Report of the Municipal Commissioner on the plague in Bombay for the year ending 31st May... - Volume 3
Disease focus: Plague
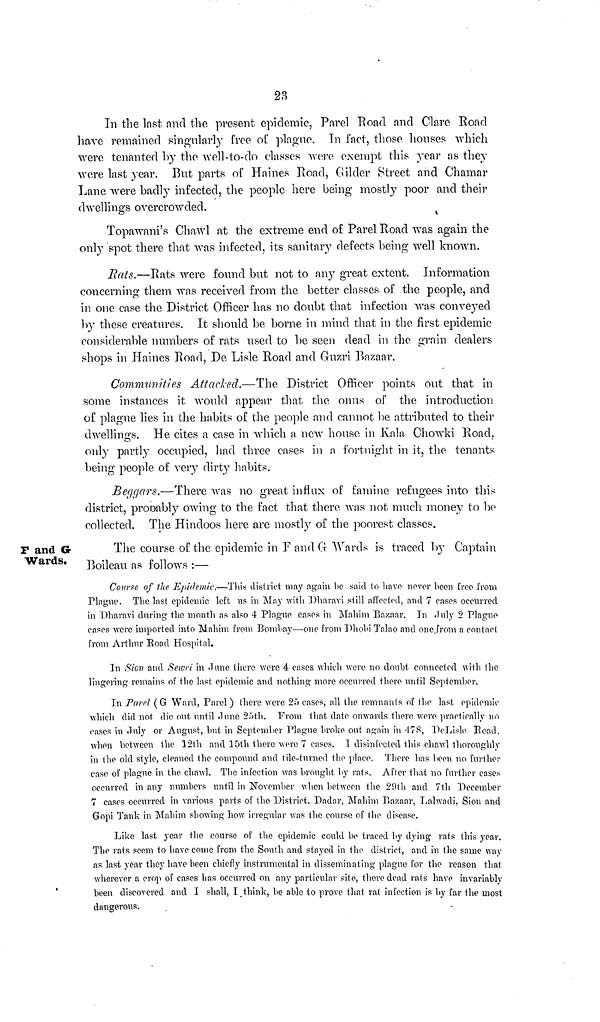
23
In the last and the present epidemic, Parel Road and Clare Road
ha,ve remained singularly free of plague. In fact, those houses which
were tenanted by the well-to-do classes were exempt this year as they
were last year. But parts of Haines Road, Gilder Street and Chamar
Lane were badly infected, the people here being mostly poor and their
dwellings overcrowded.
Topawani's Chawl at the extreme end of Parel Road was again the
only spot there that was infected, its sanitary defects being well known.
Bats.—Rats were found but not to any great extent. Information
concerning them was received from the better classes of the people, and
in one case the District Officer has no doubt that infection was conveyed
by these creatures. It should be borne in mind that in the first epidemic
considerable numbers of rats used to be seen dead in the grain dealers
shops in Haines Road, De Lisle Road and Guzri Bazaar.
Communities Attacked.—The District Officer points out that in
some instances it would appear that the onus of the introduction
of plague lies in the habits of the people and cannot be attributed to their
dwellings. He cites a case in which a new house in Kala Chowki Road,
only partly occupied, had three cases in n fortnight in it, the tenants
being people of very dirty habits.
Beggars.—There was no great influx of famine refugees into this
district, probably owing to the fact that there was not much money to be
collected. The Hindoos here are mostly of the poorest classes.
F and G
Wards,
The course of the epidemic in F and (G Wards is traced by Captain
Boileau as follows :—
Course of the Epidemic.—This district may again be said to have never been free from
Plague. The last epidemic left us in May with Dharavi still affected, and 7 cases occurred
in Dharavi during the month as also 4 Plague cases in Mahim Bazaar. In July 2 Plague
cases were imported into Mahim from Bombay—one from Dhobi Talao and one from a contact
from Arthur Road Hospital.
In S ion and Sewri in June there were 4 cases which were no doubt connected with the
lingering remains of the last epidemic and nothing more occurred there until September,
In Parel (G Ward, Parel) there were 25 cases, all the remnants of the last epidemic
which did not die out until June 25th. From that date onwards there, were practically no
cases in July or August, but in September Plague broke out again in 478, DeLisle Road,
when between the 12th and 15th there were 7 cases. T disinfected this chawl thoroughly
in the old style, cleaned the compound and tile-turned the place. There has been no further
case, of plague in the chawl, The infection was brought by rats. After that no further cases
occurred in any numbers until in November when between the 29th and 7th December
7 eases occurred in various parts of the District. Dadar, Mahim Bazaar, Lalwadi, Sion and
Gopi Tank in Mahim showing how irregular was the course of the disease.
Like last year the course of the epidemic could be traced by dying rats this year.
The rats seem to have come from the South and stayed in the district, and in the same way
as last year they have been chiefly instrumental in disseminating plague for the reason that
wherever a crop of cases has occurred on any particular site, there dead rats have invariably
been discovered and I shall, I think, be able to prove that rat infection is by far the most
dangerous.